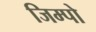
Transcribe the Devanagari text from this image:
जिम्पो